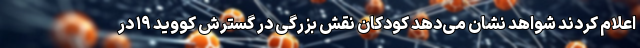
اعلام کردند شواهد نشان می‌دهد کودکان نقش بزرگی در گسترش کووید ۱۹ در